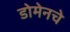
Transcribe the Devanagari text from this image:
डोमेनचे